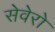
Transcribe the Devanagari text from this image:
सेवेरो